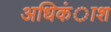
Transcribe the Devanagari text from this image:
अधिकंाश